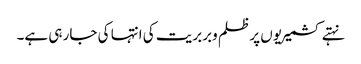
نہتے کشمیریوں پر ظلم وبربریت کی انتہا کی جار ہی ہے۔